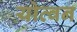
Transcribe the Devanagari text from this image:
योव्वन